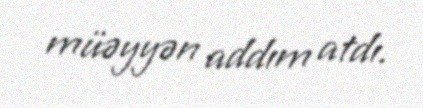
müəyyən addım atdı.